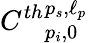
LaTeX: C^{th}{}_{p_{i},0}^{p_{s},\ell_{p}}